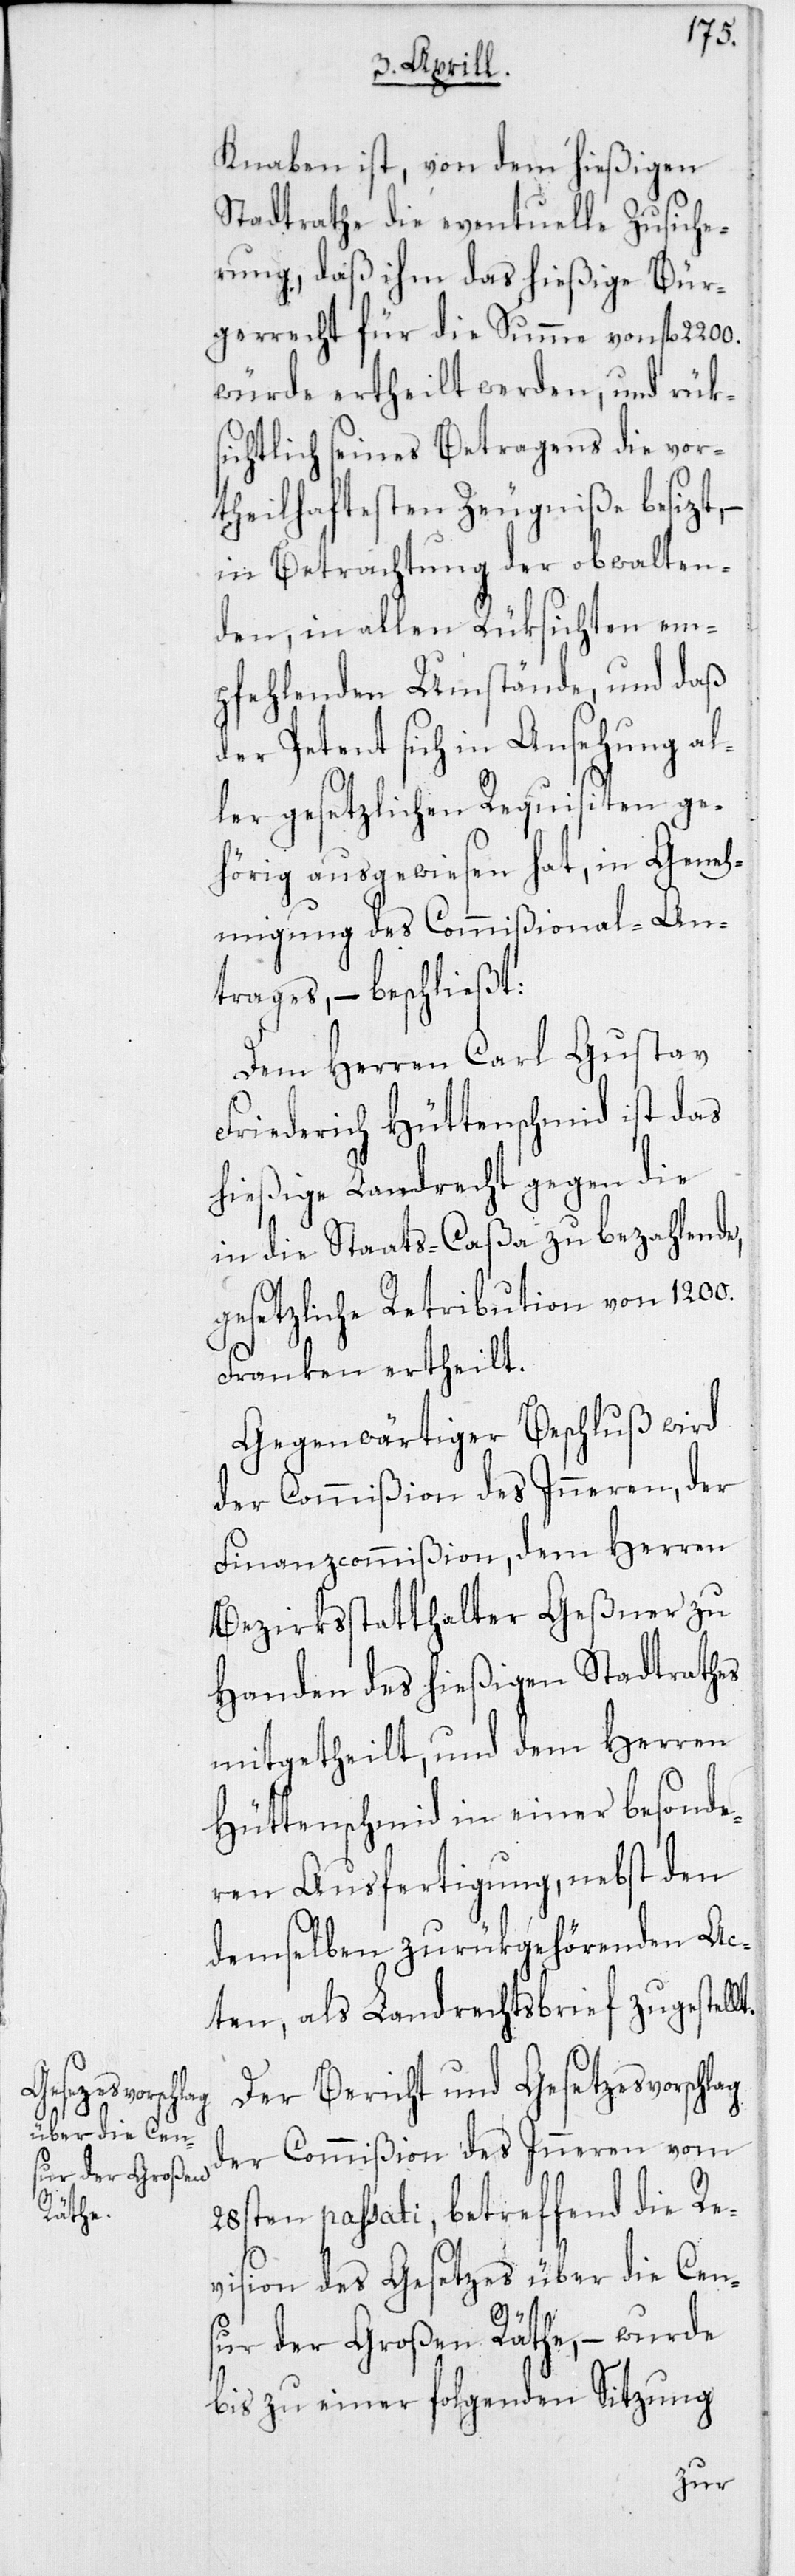
lt.

Knaben ist, von dem hießigen
Stadtrathe die eventuelle Zusiche¬
rung, daß ihm das hießige Bür¬
gerrecht für die Summe von fl.
würde ertheilt werden, und rük¬
sichtlich seines Betragens die vor¬
theilhaftesten Zeugniße besizt,
in Betrachtung der obwalten¬
den, in allen Rüksichten em¬
pfehlenden Umstände, und daß
der Petent sich in Ansehung al¬
ler gesetzlichen Requisiten ge¬
hörig ausgewiesen hat, in Geneh¬
migung des Commißional-An¬
trages, – beschließt:
Dem Herren Carl Gustav
Friederich Hüttenschmid ist das
hießige Landrecht gegen die
in die Staats-Caßa zu bezahlende
gesetzliche Retribution von 1200.
Franken ertheilt.
Gegenwärtiger Beschluß wird
der Commißion des Inneren, der
Finanzcommißion, dem Herren
Bezirksstatthalter Geßner zu
Handen des hießigen Stadtrathes
mitgetheilt, und dem Herren
Hüttenschmid in einer besonde¬
ren Ausfertigung, nebst den
demselben zurükgehörenden Ac¬
ten, als Landrechtsbrief zugestel¬
Der Bericht und Gesetzesvorschlag
der Commißion des Inneren vom
28sten passati, betreffend die Re¬
vision des Gesetzes über die Cens¬
ur der Großen Räthe, – wurde
bis zu einer folgenden Sitzung